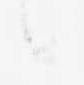
候